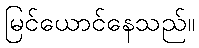
မြင်ယောင်နေသည်။